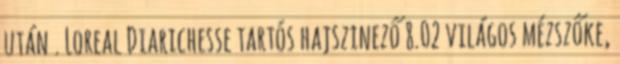
után . Loreal Diarichesse tartós hajszinező 8.02 világos mézszőke,